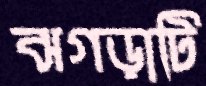
ঝগড়াটি